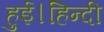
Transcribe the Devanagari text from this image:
हुई।हिन्दी